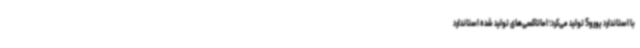
با استاندارد یورو5 تولید می‌کرد؛ اماتاکسی‌های تولید شده استاندارد